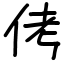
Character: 侤